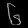
Digit: ၆